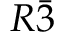
R \bar { 3 }